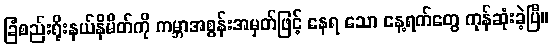
ခြံစည်းရိုးနယ်နိမိတ်ကို ကမ္ဘာအစွန်းအမှတ်ဖြင့် နေရ သော နေ့ရက်တွေ ကုန်ဆုံးခဲ့ပြီ။